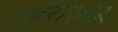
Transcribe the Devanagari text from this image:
ठहराएंगे